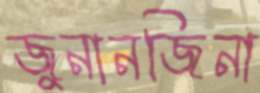
জুনানজিনা